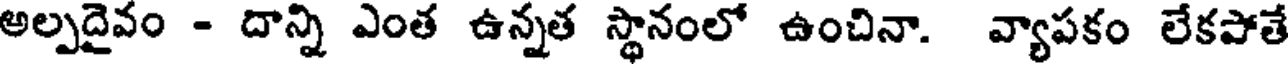
అల్పదైవం - దాన్ని ఎంత ఉన్నత స్థానంలో ఉంచినా. వ్యాపకం లేకపోతే